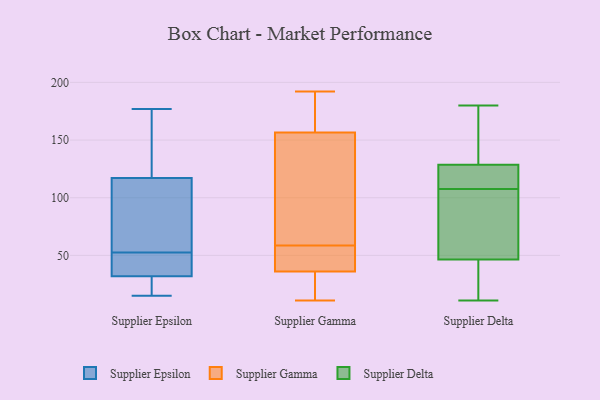
{"axis": {"x": "Page Views", "y": "Value"}, "legend": ["Supplier Delta", "Supplier Epsilon", "Supplier Gamma"], "data": [{"x": "", "y": 15, "type": "Supplier Epsilon"}, {"x": "", "y": 32, "type": "Supplier Epsilon"}, {"x": "", "y": 33, "type": "Supplier Epsilon"}, {"x": "", "y": 166, "type": "Supplier Epsilon"}, {"x": "", "y": 63, "type": "Supplier Epsilon"}, {"x": "", "y": 117, "type": "Supplier Epsilon"}, {"x": "", "y": 22, "type": "Supplier Epsilon"}, {"x": "", "y": 177, "type": "Supplier Epsilon"}, {"x": "", "y": 42, "type": "Supplier Epsilon"}, {"x": "", "y": 97, "type": "Supplier Epsilon"}, {"x": "", "y": 67, "type": "Supplier Gamma"}, {"x": "", "y": 48, "type": "Supplier Gamma"}, {"x": "", "y": 192, "type": "Supplier Gamma"}, {"x": "", "y": 25, "type": "Supplier Gamma"}, {"x": "", "y": 50, "type": "Supplier Gamma"}, {"x": "", "y": 176, "type": "Supplier Gamma"}, {"x": "", "y": 45, "type": "Supplier Gamma"}, {"x": "", "y": 18, "type": "Supplier Gamma"}, {"x": "", "y": 30, "type": "Supplier Gamma"}, {"x": "", "y": 42, "type": "Supplier Gamma"}, {"x": "", "y": 11, "type": "Supplier Gamma"}, {"x": "", "y": 96, "type": "Supplier Gamma"}, {"x": "", "y": 144, "type": "Supplier Gamma"}, {"x": "", "y": 135, "type": "Supplier Gamma"}, {"x": "", "y": 169, "type": "Supplier Gamma"}, {"x": "", "y": 178, "type": "Supplier Gamma"}, {"x": "", "y": 157, "type": "Supplier Delta"}, {"x": "", "y": 49, "type": "Supplier Delta"}, {"x": "", "y": 11, "type": "Supplier Delta"}, {"x": "", "y": 142, "type": "Supplier Delta"}, {"x": "", "y": 180, "type": "Supplier Delta"}, {"x": "", "y": 12, "type": "Supplier Delta"}, {"x": "", "y": 69, "type": "Supplier Delta"}, {"x": "", "y": 121, "type": "Supplier Delta"}, {"x": "", "y": 105, "type": "Supplier Delta"}, {"x": "", "y": 110, "type": "Supplier Delta"}, {"x": "", "y": 119, "type": "Supplier Delta"}, {"x": "", "y": 44, "type": "Supplier Delta"}, {"x": "", "y": 71, "type": "Supplier Delta"}, {"x": "", "y": 113, "type": "Supplier Delta"}, {"x": "", "y": 136, "type": "Supplier Delta"}, {"x": "", "y": 139, "type": "Supplier Delta"}, {"x": "", "y": 95, "type": "Supplier Delta"}, {"x": "", "y": 25, "type": "Supplier Delta"}, {"x": "", "y": 19, "type": "Supplier Delta"}, {"x": "", "y": 119, "type": "Supplier Delta"}]}